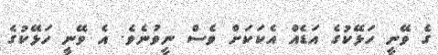
ގެ ވޭނީ ހަޅޭކުގެ އަޑެއް އެކަކަށް ވެސް ނީވުނެވެ. އެ ވޭނީ ހަޅޭކުގެ